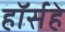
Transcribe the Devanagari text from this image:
हॉर्सहे